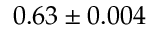
0 . 6 3 \pm 0 . 0 0 4